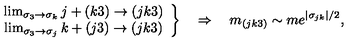
\left. \begin{array} { c } { \lim _ { \sigma _ { 3 } \rightarrow \sigma _ { k } } j + ( k 3 ) \rightarrow ( j k 3 ) } \\ { \lim _ { \sigma _ { 3 } \rightarrow \sigma _ { j } } k + ( j 3 ) \rightarrow ( j k 3 ) } \\ \end{array} \right\} \quad \Rightarrow \quad m _ { ( j k 3 ) } \sim m e ^ { \left| \sigma _ { j k } \right| / 2 } ,